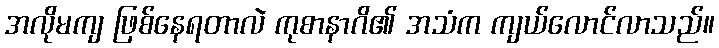
အလိုမကျ ဖြစ်နေရတာလဲ ကုစာနာဂိ၏ အသံက ကျယ်လောင်လာသည်။